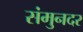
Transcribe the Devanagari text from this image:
संमुनदर